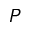
P